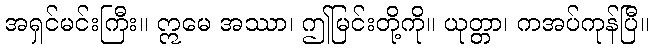
အရှင်မင်းကြီး။ ဣမေ အဿာ၊ ဤမြင်းတို့ကို။ ယုတ္တာ၊ ကအပ်ကုန်ပြီ။